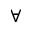
\forall